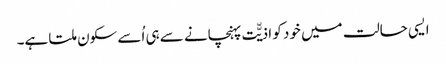
ایسی حالت میں خود کو اذیّّت پہنچانے سے ہی اُسے سکون ملتا ہے۔